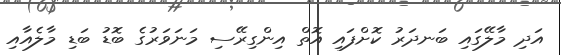
އަދި މާލޭގައި ބަނދަރު ކޮށްފައި އޮތް އިންގިރޭސި މަނަވަރުގެ ބޮޑު ބަޑި މާލެއާއި